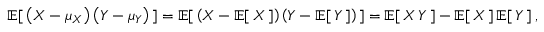
\operatorname { \mathbb { E } } [ \, \left( X - \mu _ { X } \right) \left( Y - \mu _ { Y } \right) \, ] = \operatorname { \mathbb { E } } [ \, \left( X - \operatorname { \mathbb { E } } [ \, X \, ] \right) \left( Y - \operatorname { \mathbb { E } } [ \, Y \, ] \right) \, ] = \operatorname { \mathbb { E } } [ \, X \, Y \, ] - \operatorname { \mathbb { E } } [ \, X \, ] \operatorname { \mathbb { E } } [ \, Y \, ] \, ,